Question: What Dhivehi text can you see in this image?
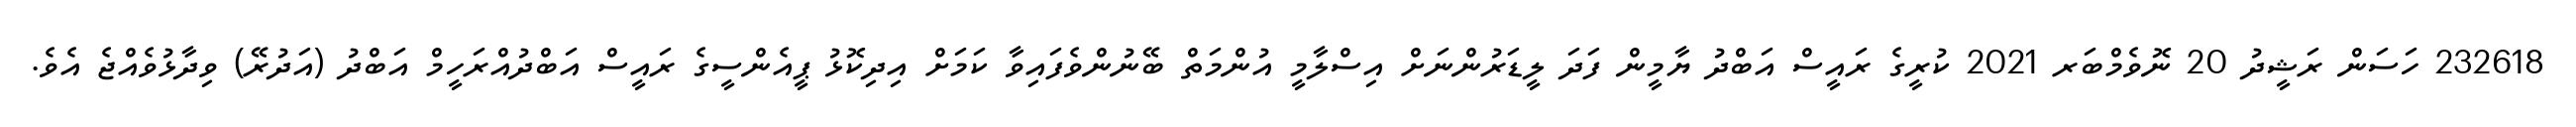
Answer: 232618 ހަސަން ރަޝީދު 20 ނޮވެމްބަރ 2021 ކުރީގެ ރައީސް އަބްދު ޔާމީން ފަދަ ލީޑަރުންނަށް އިސްލާމީ އުންމަތް ބޭނުންވެފައިވާ ކަމަށް އިދިކޮޅު ޕީއެންސީގެ ރައީސް އަބްދުއްރަހީމް އަބްދު (އަދުރޭ) ވިދާޅުވެއްޖެ އެވެ.